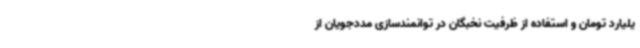
یلیارد تومان و استفاده از ظرفیت نخبگان در توانمندسازی مددجویان از